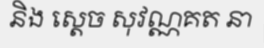
និង ស្តេច សុវណ្ណគត នា